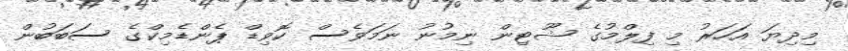
މިދިޔަ އަހަރު މި ފިލްމުގެ ޝޫޓިން ނިމުނު ނަމަވެސް ކޮވިޑް ޕެންޑެމިކްގެ ސަބަބުން